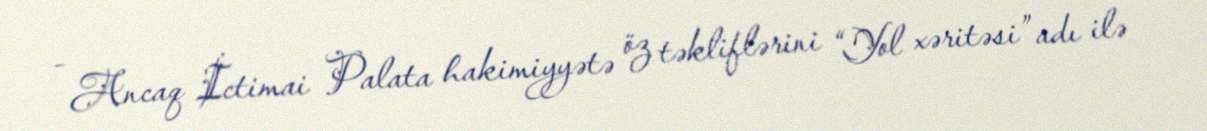
- Ancaq İctimai Palata hakimiyyətə öz təkliflərini “Yol xəritəsi” adı ilə